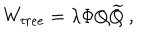
LaTeX: W _ { t r e e } = \lambda \Phi Q { \widetilde Q } ~ ,